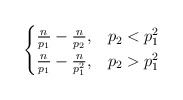
\begin{align*} \begin{cases} \frac n {p_1} - \frac n {p_2}, & p_2 < p_1^2 \\ \frac n {p_1} - \frac n {p_1^2}, & p_2 > p_1^2 \end{cases} \end{align*}